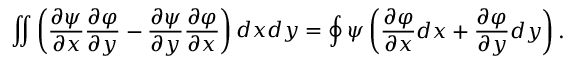
\iint \left( \frac { \partial \psi } { \partial x } \frac { \partial \varphi } { \partial y } - \frac { \partial \psi } { \partial y } \frac { \partial \varphi } { \partial x } \right) d x d y = \oint \psi \left( \frac { \partial \varphi } { \partial x } d x + \frac { \partial \varphi } { \partial y } d y \right) .